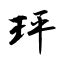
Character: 玶